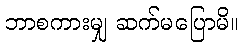
ဘာစကားမျှ ဆက်မပြောမိ။